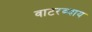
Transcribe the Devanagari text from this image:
वाटरब्याय